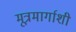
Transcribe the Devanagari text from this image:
मूत्रमार्गाशी